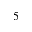
_ 5